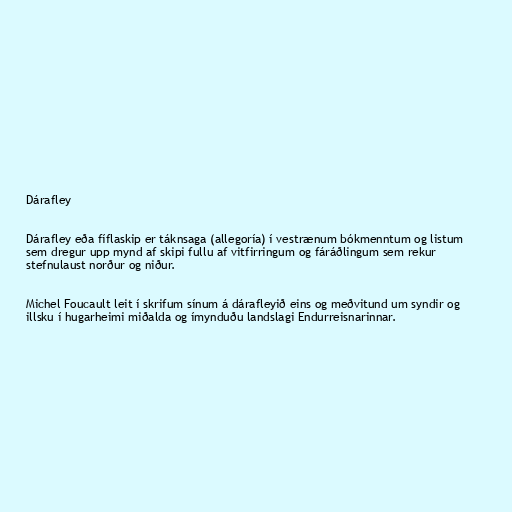
Dárafley

Dárafley eða fíflaskip er táknsaga (allegoría) í vestrænum bókmenntum og listum
sem dregur upp mynd af skipi fullu af vitfirringum og fáráðlingum sem rekur
stefnulaust norður og niður.

Michel Foucault leit í skrifum sínum á dárafleyið eins og meðvitund um syndir og
illsku í hugarheimi miðalda og ímynduðu landslagi Endurreisnarinnar.